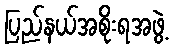
ပြည်နယ်အစိုးရအဖွဲ့